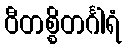
ဝီတစ္စိတင်္ဂါရံ